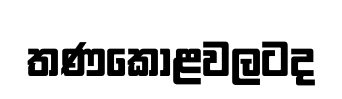
තණකොළවලටද